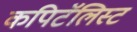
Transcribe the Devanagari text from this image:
कपिटॅलिस्ट